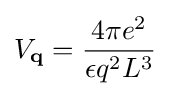
V_{\mathbf {q} }={\frac {4\pi e^{2}}{\epsilon q^{2}L^{3}}}